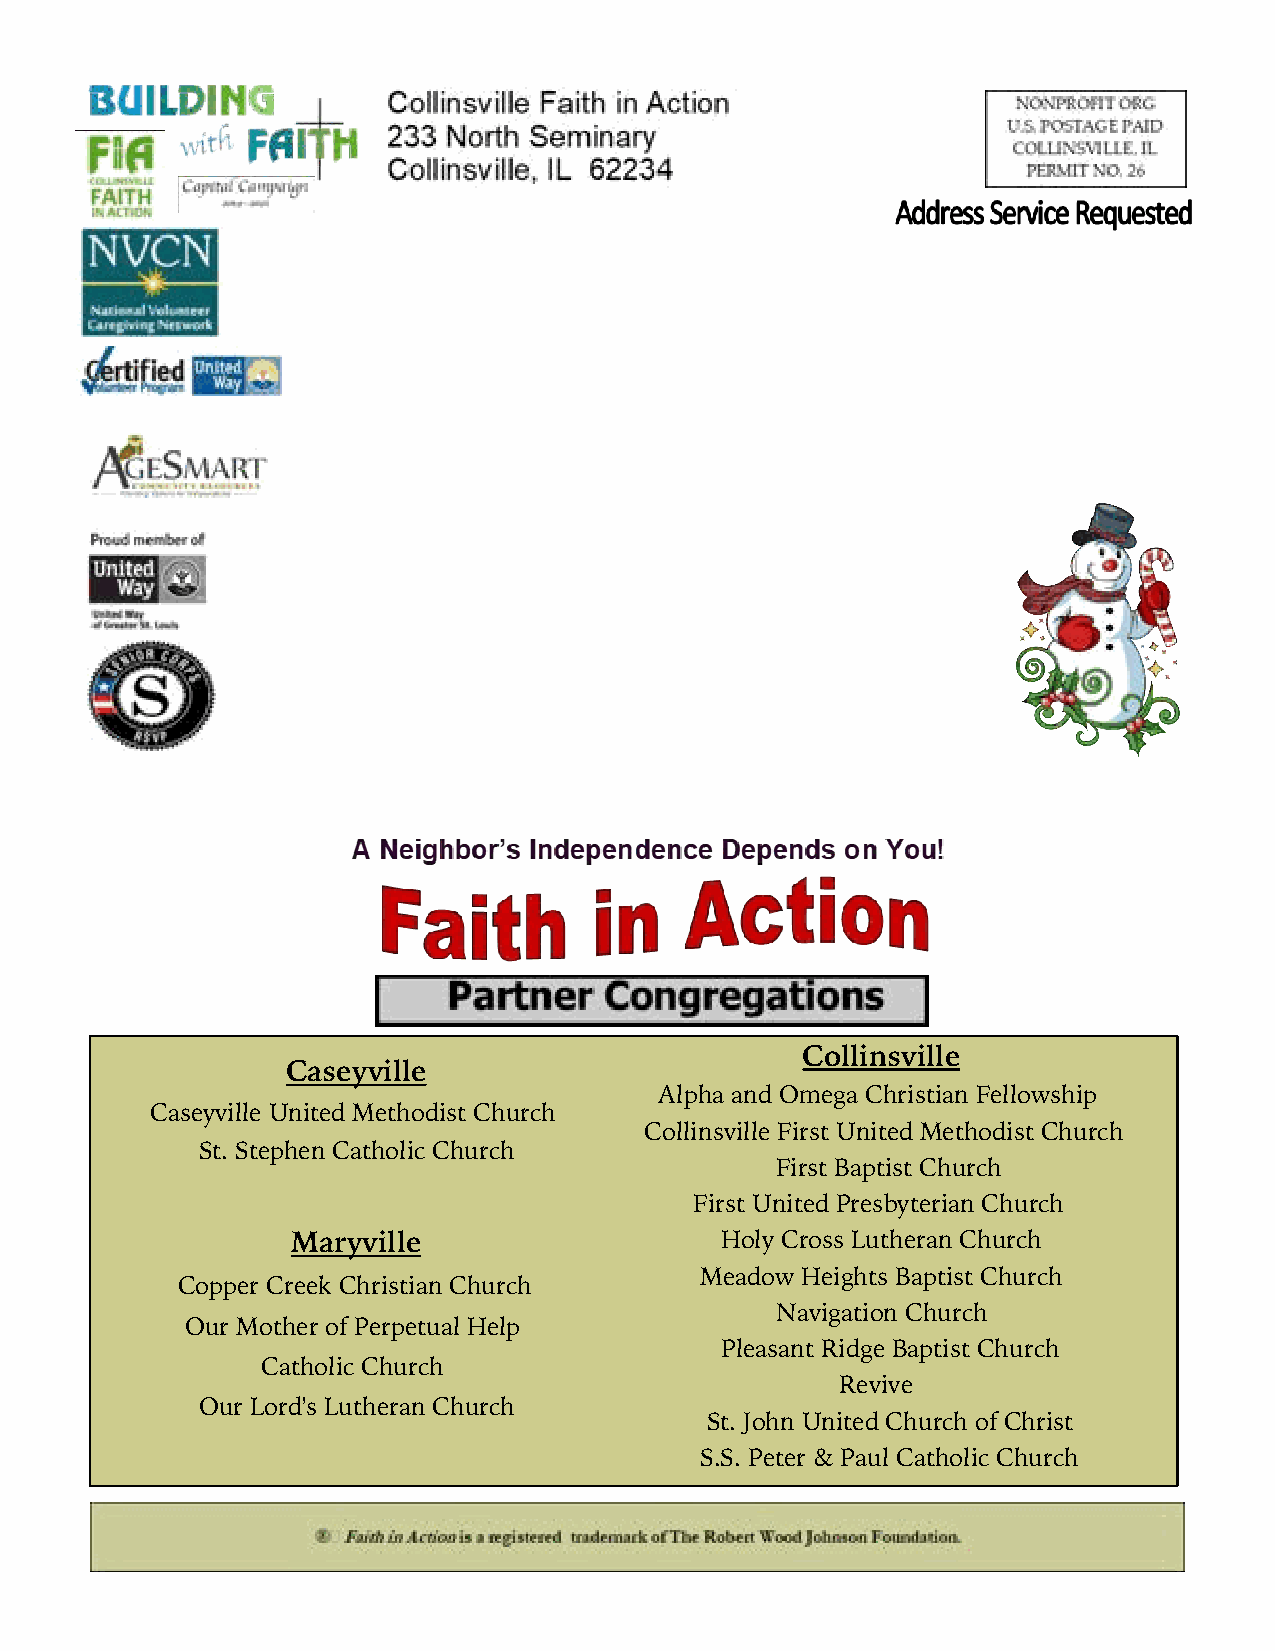
Collinsville
 Caseyville
 Alpha and Omega Christian Fellowship
 Caseyville United Methodist Church
 Collinsville First United Methodist Church
 St. Stephen Catholic Church
 First Baptist Church
 First United Presbyterian Church
 Maryville                    Holy Cross Lutheran Church
 Meadow Heights Baptist Church
 Copper Creek Christian Church
 Navigation Church
 Our Mother of Perpetual Help
 Pleasant Ridge Baptist Church
 Catholic Church
 Revive
 Our Lord's Lutheran Church
 St. John United Church of Christ
 S.S. Peter & Paul Catholic Church